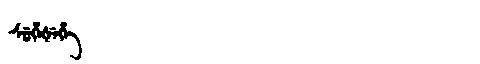
Manchu: ᠰᡠᡥᡝᡧᡝᡥᡝ
Romanization: SUHEŠEHE